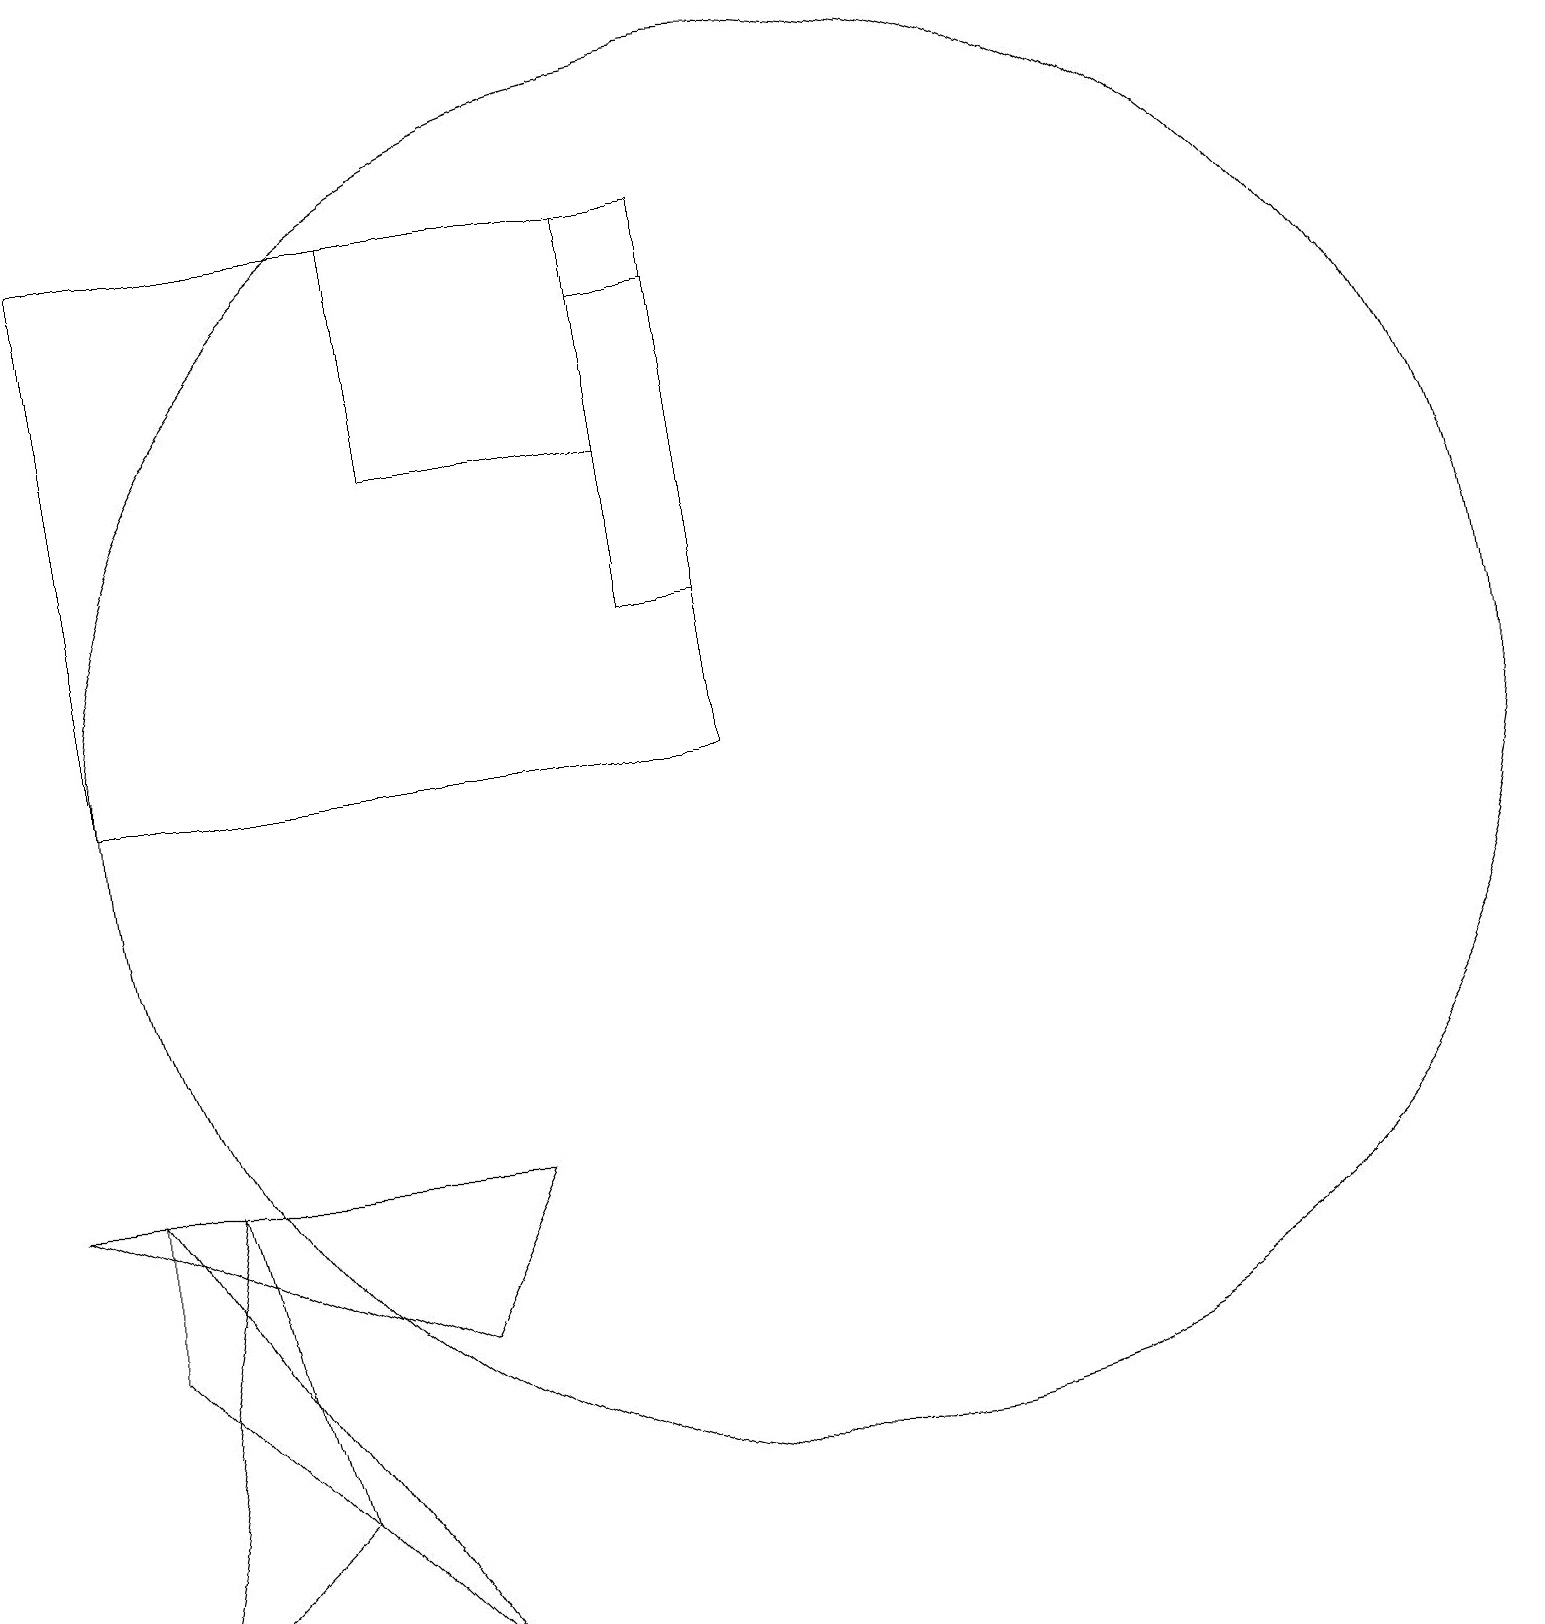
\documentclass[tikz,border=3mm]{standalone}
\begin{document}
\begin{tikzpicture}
\draw (5,19) rectangle (8,16);
\draw (5,5) -- (0,7) -- (6,7) -- cycle;
\draw (1,19) rectangle (9,12);
\draw (2,7) -- (1,1) -- (3,3) -- cycle;
\draw (1,7) -- (5,1) -- (1,5) -- cycle;
\draw (10,12) circle (9);
\draw (8,18) rectangle (9,14);
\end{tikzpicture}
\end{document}